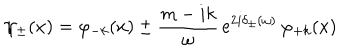
\psi _ { \pm } ( x ) = \varphi _ { - k } ( x ) \pm \frac { m - i k } { \omega } \, e ^ { 2 i \delta _ { \pm } ( \omega ) } \, \varphi _ { + k } ( x )